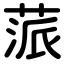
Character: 蒎